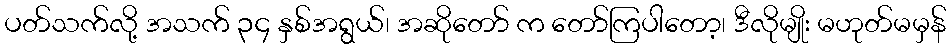
ပတ်သက်လို့ အသက် ၃၄ နှစ်အရွယ်၊ အဆိုတော် က တော်ကြပါတော့၊ ဒီလိုမျိုး မဟုတ်မမှန်